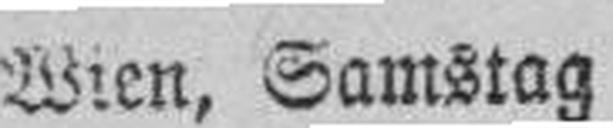
Wien, Samstag